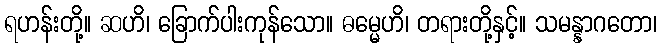
ရဟန်းတို့။ ဆဟိ၊ ခြောက်ပါးကုန်သော။ ဓမ္မေဟိ၊ တရားတို့နှင့်။ သမန္နာဂတော၊